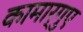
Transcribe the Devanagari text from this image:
कामार्गुए